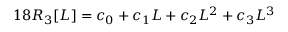
1 8 R _ { 3 } [ L ] = c _ { 0 } + c _ { 1 } L + c _ { 2 } L ^ { 2 } + c _ { 3 } L ^ { 3 }